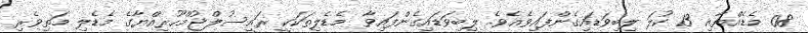
08 މެޑެއްޔާއި 13 ކުލަ ލިބިވަޑައިގެންފައިވެއެވެ. ލިބިވަޑައިގެންފައިވާ މެޑެލިތަކަކީ ރައީސުލްޖުމްހޫރިއްޔާގެ މެޑެލި މަތިވެރި